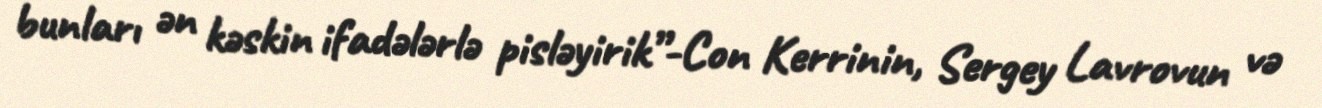
bunları ən kəskin ifadələrlə pisləyirik”-Con Kerrinin, Sergey Lavrovun və